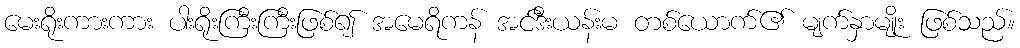
မေးရိုးကားကား ပါးရိုးကြီးကြီးဖြစ်၍ အမေရိကန် အင်ဒီးယန်းမ တစ်ယောက်၏ မျက်နှာမျိုး ဖြစ်သည်။